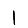
Digit: 1